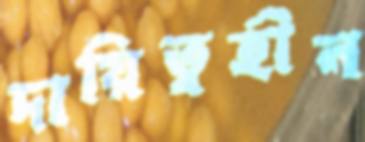
দায়িত্বহীন